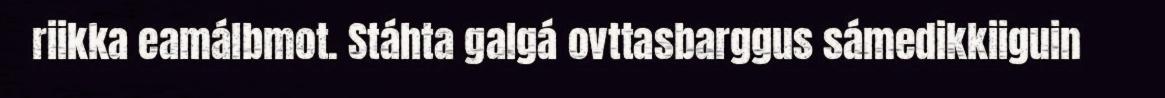
riikka eamálbmot. Stáhta galgá ovttasbarggus sámedikkiiguin